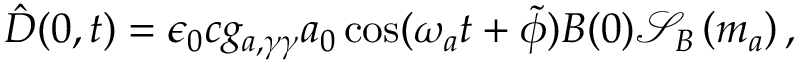
{ \hat { \boldsymbol D } } ( 0 , t ) = \epsilon _ { 0 } c g _ { a , \gamma \gamma } a _ { 0 } \cos ( \omega _ { a } t + \tilde { \phi } ) { \boldsymbol B } ( 0 ) \mathcal S _ { B } \left( m _ { a } \right) ,